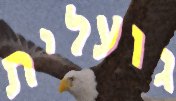
גועלית